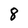
Character: 8